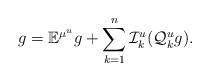
LaTeX: \begin{align*}g=\mathbb{E}^{\mu^u}g + \sum^n_{k=1} \mathcal{I}^u_k (\mathcal{Q}^u_k g).\end{align*}